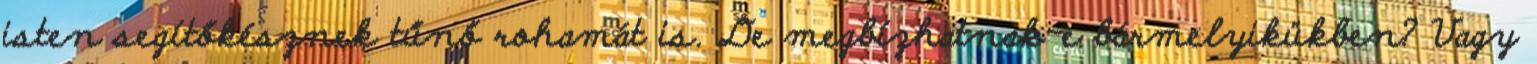
isten segítőkésznek tűnő rohamát is. De megbízhatnak-e bármelyikükben? Vagy